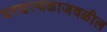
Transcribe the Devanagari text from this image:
धरणस्थळाजवळील